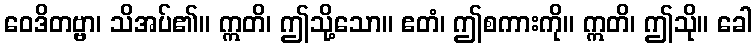
ဝေဒိတဗ္ဗာ၊ သိအပ်၏။ ဣတိ၊ ဤသို့သော။ ဧတံ၊ ဤစကားကို။ ဣတိ၊ ဤသို။ ခေါ